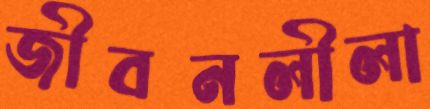
জীবনলীলা